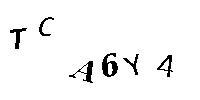
TCA6Y4